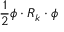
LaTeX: { \frac { 1 } { 2 } } \phi \cdot R _ { k } \cdot \phi